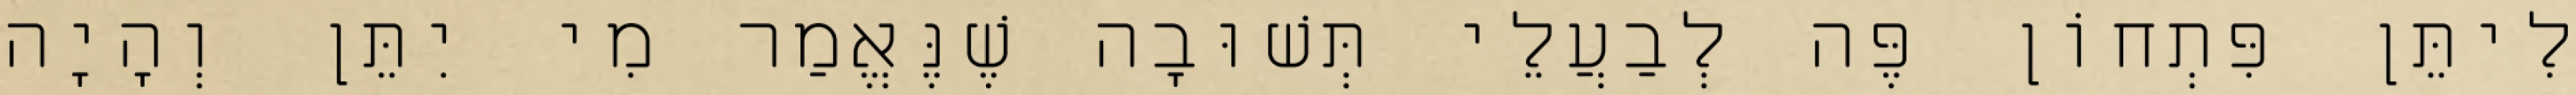
לִיתֵּן פִּתְחוֹן פֶּה לְבַעֲלֵי תְּשׁוּבָה שֶׁנֶּאֱמַר מִי יִתֵּן וְהָיָה